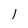
Character: 1